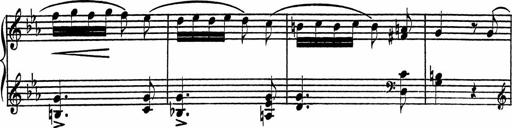
Title: Piano Sonatinas
Composer: Charles Fradel